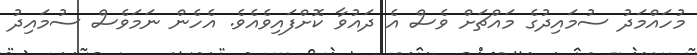
މުހައްމަދު ސުމައިދުގެ މައްޗަށް ވެސް އެ ދައުވާ ކޮށްފައިވެއެވެ. އެހެން ނަމަވެސް ސުމައިދު